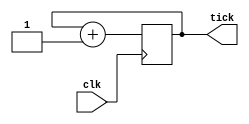
// ==================================================
// bin2dec: Convert Binary Number to Decimal
//   and Show on Digital 7-segment LED Display
// ==================================================



// ==================================================
// An Up Counter to Decrease Time Resolution
//
module upcounter(clk,
                 tick);

   input clk;
   output reg [31:0] tick = 0;

   always @(posedge clk)
     tick = tick + 1;

endmodule // upcounter



// ==================================================
// Hex to 7 Segment in Verilog
//
module hexto7segment(hex,
                     segments);

   input [3:0] hex;
   output reg [0:6] segments;

   always @(hex)
     case (hex)
       4'b0000: segments = 7'b0000001;
       4'b0001: segments = 7'b1001111;
       4'b0010: segments = 7'b0010010;
       4'b0011: segments = 7'b0000110;
       4'b0100: segments = 7'b1001100;
       4'b0101: segments = 7'b0100100;
       4'b0110: segments = 7'b0100000;
       4'b0111: segments = 7'b0001111;
       4'b1000: segments = 7'b0000000;
       4'b1001: segments = 7'b0000100;
       4'b1010: segments = 7'b0001000;
       4'b1011: segments = 7'b1100000;
       4'b1100: segments = 7'b0110001;
       4'b1101: segments = 7'b1000010;
       4'b1110: segments = 7'b0110000;
       4'b1111: segments = 7'b0111000;
     endcase

endmodule // hexto7segment



// ==================================================
// Cycle Between Digits at Blazing Speed (2.6ms each)
//
module cycledigits(sw,
                   cycle,
                   an,
                   seg);

   input [15:0] sw;
   input [2:0]  cycle;

   output reg [7:0] an;
   output [0:6] seg;

   reg [3:0]    hex;

   always @(cycle) begin
      an = ~(1 << cycle);
      case (cycle)
        0: hex = sw / 1 % 10;
        1: hex = sw / 10 % 10;
        2: hex = sw / 100 % 10;
        3: hex = sw / 1000 % 10;
        4: hex = sw / 10000 % 10;
        5: hex = sw / 100000 % 10;
        6: hex = sw / 1000000 % 10;
        7: hex = sw / 10000000 % 10;
      endcase
   end

   hexto7segment H0 (hex, seg);

endmodule // cycledigits



// ==================================================
// Binary (I/O Switches) to Decimal (Digital LED Display)
//
module bin2dec(sw,
               clk,
               an,
               seg);

   input [15:0] sw;
   input        clk;

   output [7:0] an;
   output [0:6] seg;

   wire [15:0] led;

   wire [31:0] tick;
   wire [2:0]  cycle;

   assign led = sw;
   assign cycle = tick[19:17];

   cycledigits T0 (sw, cycle, an, seg);
   upcounter C0 (clk, tick);

endmodule // bin2dec



// // ==================================================
// // Top module
// //
// module main;

//    wire [15:0] sw;
//    wire        clk;

//    wire [7:0]  an;
//    wire [0:6]  seg;

//    bin2dec B0 (sw, clk, an, seg);

// endmodule



// // ==================================================
// // Testbench Code
// //
// module bin2dec_tb();

//    reg [15:0] sw;
//    reg        clk;

//    wire [7:0] an;
//    wire [0:6] seg;

//    initial begin
//       $monitor ("sw=%d,an=%b,seg(LSB)=%b", sw, an, seg);
//       sw = 9876;
//       clk = 0;
//       forever #1 clk = !clk;
//    end

//    bin2dec B0 (sw, clk, an, seg);

// endmodule // bin2dec_tb